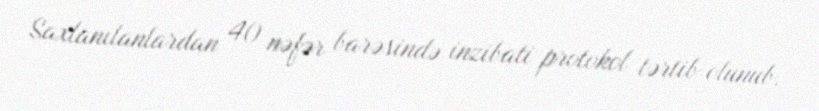
Saxlanılanlardan 40 nəfər barəsində inzibati protokol tərtib olunub.